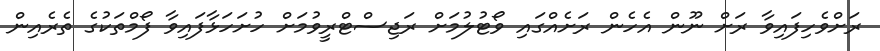
ރަށްވެހިފައިވާ ރަށް ނޫން އެހެން ރަށެއްގައި ވޯޓުލުމަށް ރަޖިސްޓްރީވުމަށް ހުށަހަޅާފައިވާ ފޯމްތަކުގެ ތެރެއިން